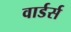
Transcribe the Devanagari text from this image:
वार्डर्स